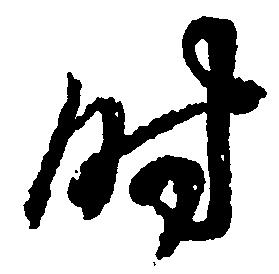
時